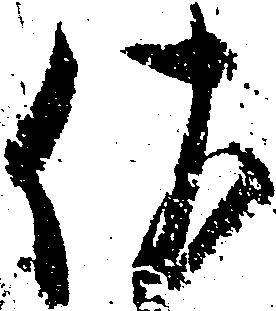
佐